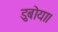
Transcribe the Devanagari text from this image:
डुबोया।